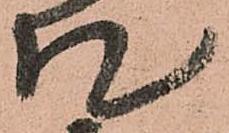
札